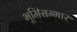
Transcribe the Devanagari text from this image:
भूमिसम्भार